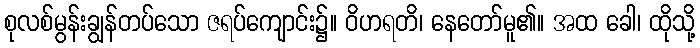
စုလစ်မွန်းချွန်တပ်သော ဇရပ်ကျောင်း၌။ ဝိဟရတိ၊ နေတော်မူ၏။ အထ ခေါ၊ ထိုသို့